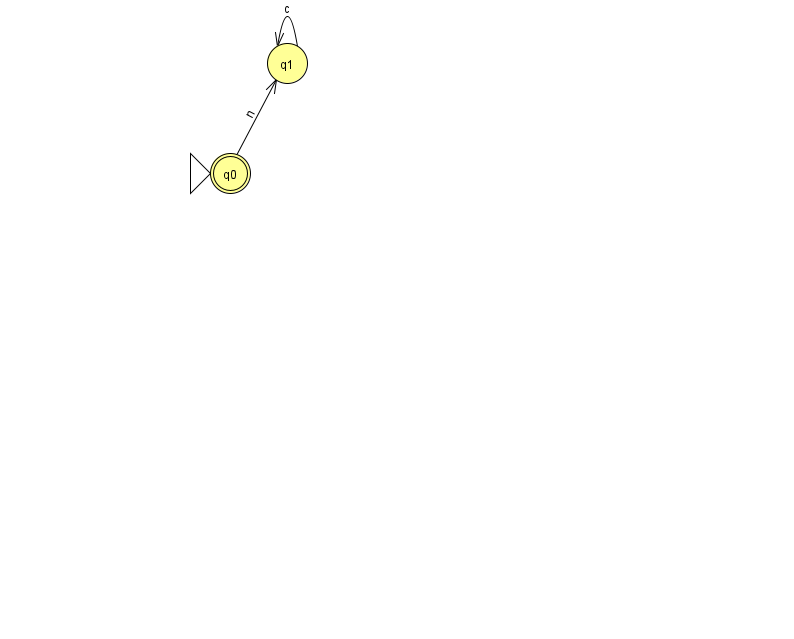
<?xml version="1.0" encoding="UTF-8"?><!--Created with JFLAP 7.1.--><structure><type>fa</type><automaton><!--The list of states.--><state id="0" name="q0"><x>230.0</x><y>160.0</y><initial/><final/></state><state id="1" name="q1"><x>287.0</x><y>50.0</y></state><!--The list of transitions.--><transition><from>0</from><to>1</to><read>n</read></transition><transition><from>1</from><to>1</to><read>c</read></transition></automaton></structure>